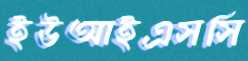
ইউআইএসসি